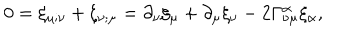
0 = \xi _ { \mu ; \nu } + \xi _ { \nu ; \mu } = \partial _ { \nu } \xi _ { \mu } + \partial _ { \mu } \xi _ { \nu } - 2 \Gamma _ { \nu \mu } ^ { \alpha } \xi _ { \alpha } ,